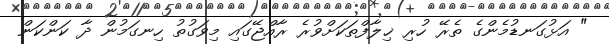
" އަޅުގަނޑުމެންގެ ތެރޭ ހުރި ޚިލާފްތަކަށްވުރެ ރާއްޖޭގައި މިވަގުތު ހިނގަމުން ދާ ކަންކަން